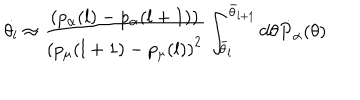
\dot { \theta _ { l } } \approx \frac { \left( p _ { \alpha } ( l ) - p _ { \alpha } ( l + 1 ) \right) } { \left( p _ { \mu } ( l + 1 ) - p _ { \mu } ( l ) \right) ^ { 2 } } \int _ { \bar { \theta } _ { l } } ^ { \bar { \theta } _ { l + 1 } } d \theta \dot { P } _ { \alpha } ( \theta )